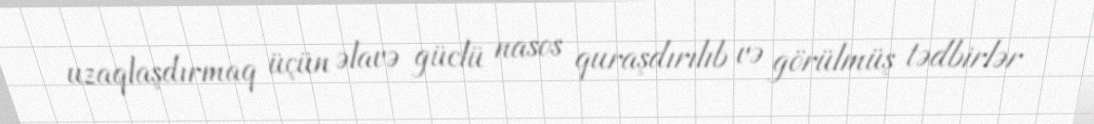
uzaqlaşdırmaq üçün əlavə güclü nasos quraşdırılıb və görülmüş tədbirlər